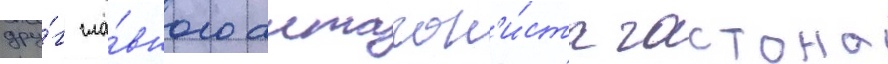
дру́г гла́вного антагон'и́ста гастона